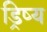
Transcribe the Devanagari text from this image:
ड्रिष्य